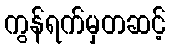
ကွန်ရက်မှတဆင့်